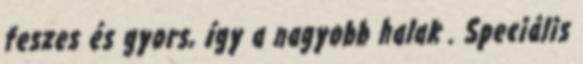
feszes és gyors, így a nagyobb halak . Speciális